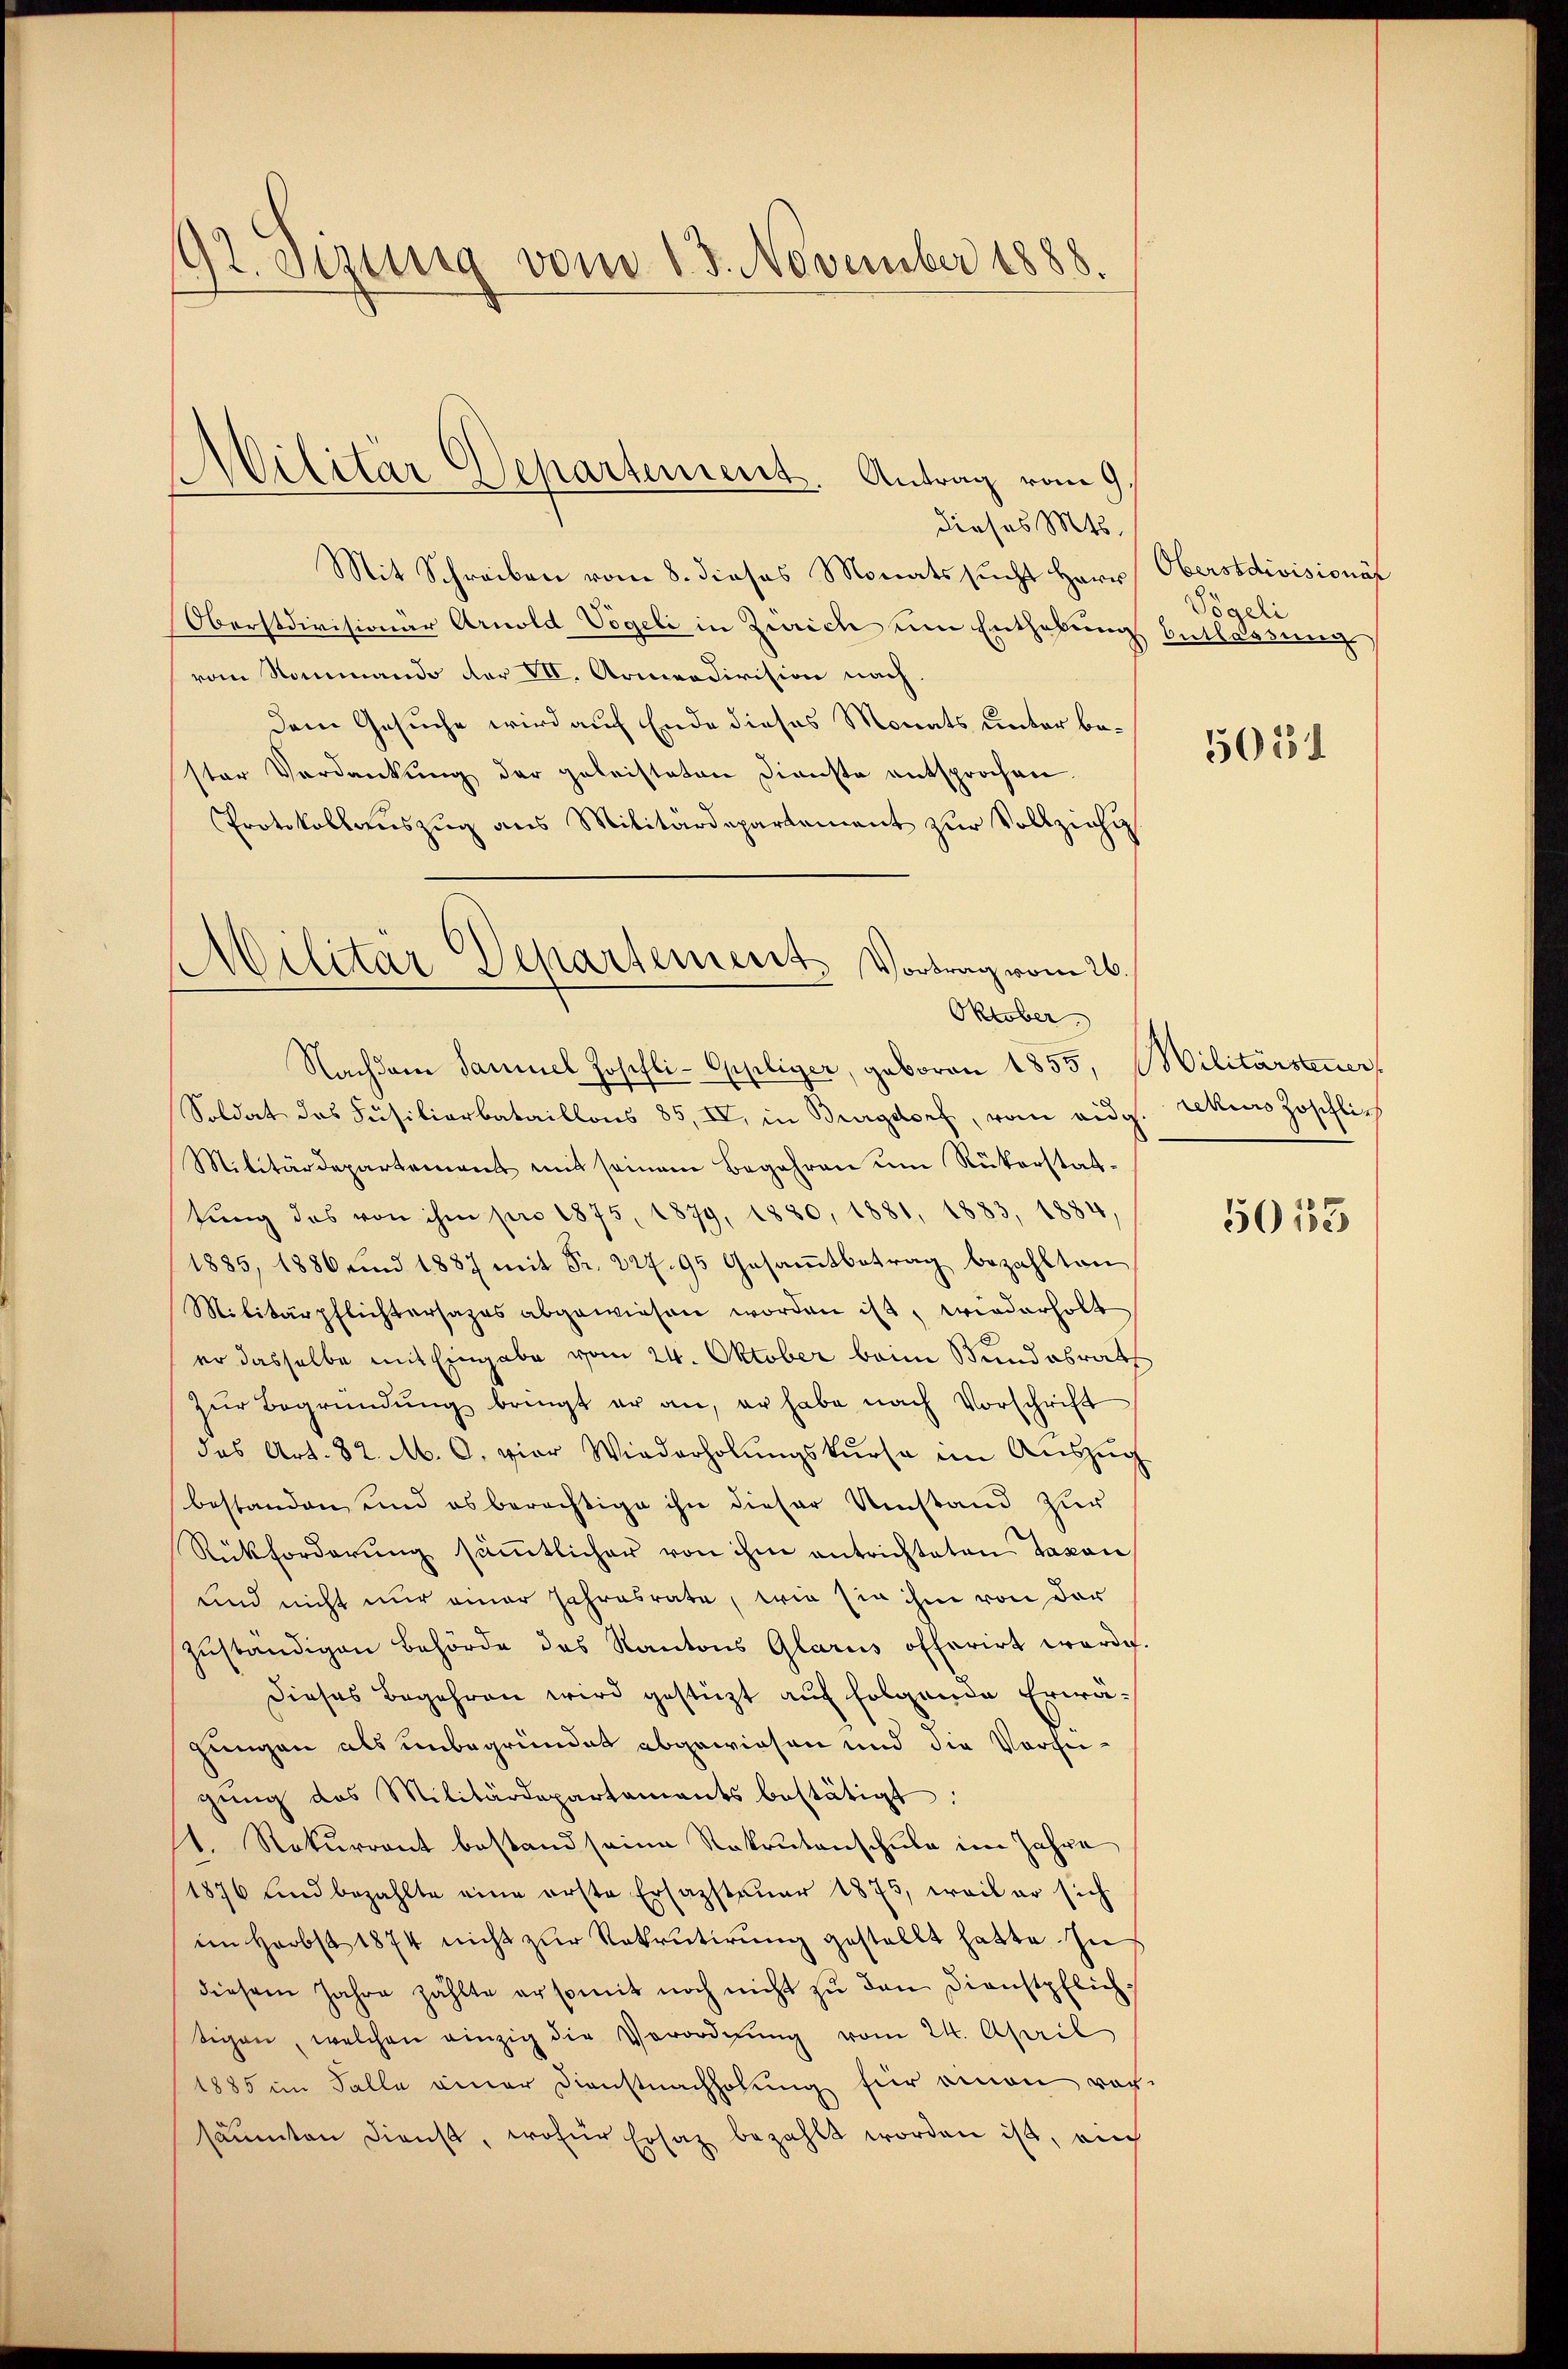
92. Sezung vom 13. November 1888.

s
i
Silitär Departement. Antrag vom 9.

dieses Mts.
Mit Schreiben vom 8. dieses Monats sucht Herr Oberstdivisionä
Oberstdivisionär Arnold Vögeli in Zürich um Enthebung
vom Sommando der VII. Armeedivision nach.
dem Gesuche wird auf Ende dieses Monats unter bester Verdankung der geleisteten Dienste entsprochen.
Protokollauszug aus Militärdepartement zur Vollziehu
Militär Departement. Vortrag vom 26.

Oktober

Nachdem Samuel Josefli-Appliger, geboren 1855, Militärsteuer
Soldat des Füsiliarbataillons 85, IV, in Burgdorf, vom eidg. rekurs Zöschli¬
Militärdepartement mit seinem Begehren um Rükerstattŭng des von ihm pro 1875, 1879, 1880, 1881, 1883, 1884,
1885, 1886 und 1887 mit Fr. 227. 95 Gesamtbetrag bezahlten
Militärpflichtersages abgewiesen worden ist, wiederholt
er dasselbe mit Eingabe vom 24. Oktober beim Bundesrath
zŭr Begründŭng bringt er an, er habe nach Vorschrift
das Art. 82. M. C. vier Wiederholungskurse im Auszug
bestanden, und es berechtige ihn dieser Umstand zur
Rückforderŭng sämtlicher von ihm antrichteten Taxon
und nicht nur einer Jahresrate, wie sie ihm von der
zuständigen Behörde das Kantons Glarus offerirt werde.
Dieses Begehren wird gestüzt auf folgende Erwägungen als unbegründet abgewiesen und die Vortheigŭng des Militärdepartaments bestätigt:
1. Rekurrent bestand seine Rekrutenschule im Jahre
1876 und bezahlte eine erste Erfassteuer 1875, weil er sich
im Herbst 1874 nicht zŭr Rekrutirung gestellt hatte. In
diesem Jahre zählte er somit noch nicht zu den Dienstpflich:
tigen, welchen einzig die Verordnŭng vom 24. April
1885 im Falle einer Dienstnachholung für einen vorsäŭmten dienst, wofür Ersatz bezahlt worden ist, auch

Vögeli
Entlassung

5051

5053